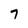
Character: 7